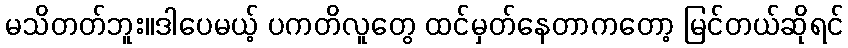
မသိတတ်ဘူး။ဒါပေမယ့် ပကတိလူတွေ ထင်မှတ်နေတာကတော့ မြင်တယ်ဆိုရင်